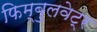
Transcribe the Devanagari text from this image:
फिम्बुलवेट्र